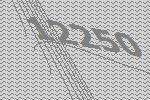
12250